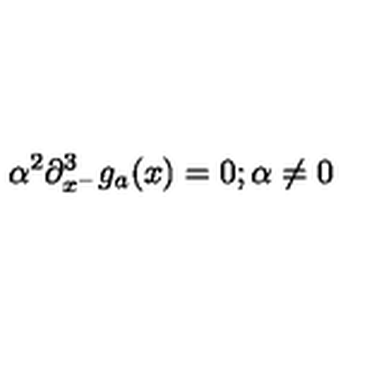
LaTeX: \alpha ^ { 2 } \partial _ { x ^ { - } } ^ { 3 } g _ { a } ( x ) = 0 ; \alpha \neq 0